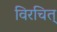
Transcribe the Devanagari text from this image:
विरचित्